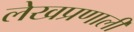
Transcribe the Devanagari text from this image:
लेखप्रणाली